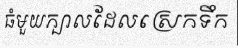
ធំមួយក្បាលដែលស្រេកទឹក